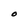
Character: O